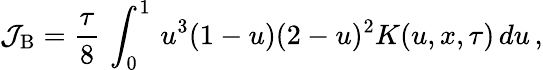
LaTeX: \mathcal{J}_{\mathrm{{B}}}={\frac{{\tau}}{{8}}}\, \int_{0}^{1}\, u^{3}(1-u)(2-u)^{2}K(u,x,\tau)\, du\, ,